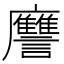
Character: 𲂁